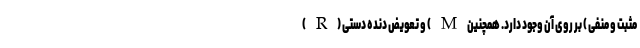
( R ) و تعویض دنده دستی ( M مثبت و منفی ) بر روی آن وجود دارد. همچنین